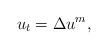
LaTeX: \begin{align*}u_t=\Delta u^m, \end{align*}